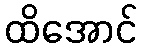
ထိအောင်